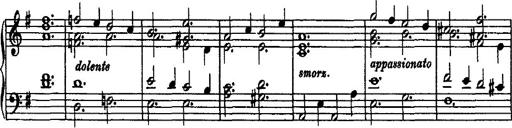
Title: Rondo di bravura
Composer: Franz Liszt